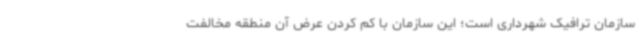
سازمان ترافیک شهرداری است؛ این سازمان با کم کردن عرض آن منطقه مخالفت